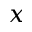
x